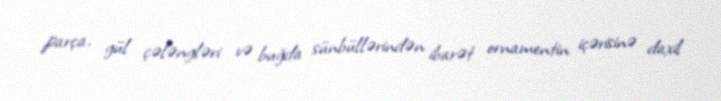
parça, gül çələngləri və buğda sünbüllərindən ibarət ornamentin içərisinə daxil